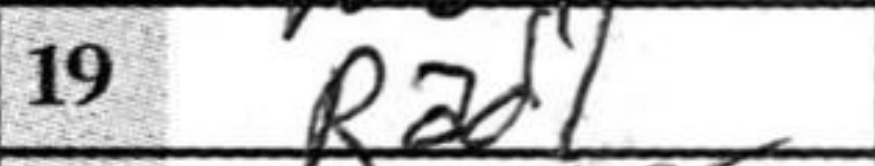
Transcription: Rad1